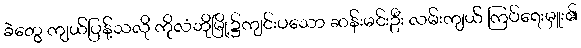
ခဲတွေ ကျယ်ပြန့်သလို ကိုလံဘိုမြို့၌ကျင်းပသော ဆန်းမင်းဦး လမ်းကျယ် ကြပ်ရေးမှူး၏